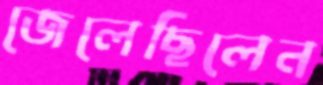
জেলেছিলেন